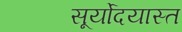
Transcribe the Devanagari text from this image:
सूर्योदयास्त